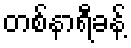
တစ်နာရီခန့်